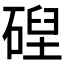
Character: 𥔄